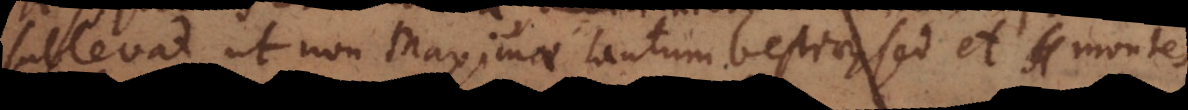
sublevat, ut non Maximae tantum bestiae sed et mont